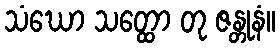
သံဃော သတ္ထော တု ဇန္တုနံ။